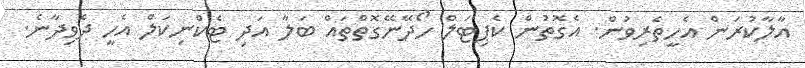
އާލާކުރަން އެހީތެރިވުން. އެގޮތުން ކެޕިޓަލް ހޯދޭނޭގޮތްތައް ބަލާ އަދި ޓެކްނިކަލް އެހީ ދެވިދާނެ.